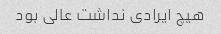
هیچ ایرادی نداشت عالی بود